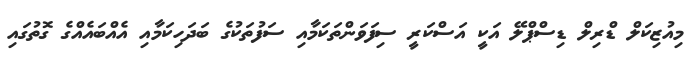
މިއުޒިކަލް ޑްރިލް ޑިސްޕްލޭ އަކީ އަސްކަރީ ސިފަވަންތަކަމާއި ސަފުތަކުގެ ބަދަހިކަމާއި އެއްބައެއްގެ ގޮތުގައި